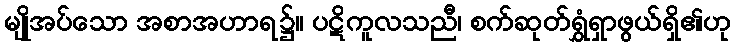
မျိုအပ်သော အစာအဟာရ၌။ ပဋိကူလသညီ၊ စက်ဆုတ်ရွှံရှာဖွယ်ရှိ၏ဟု